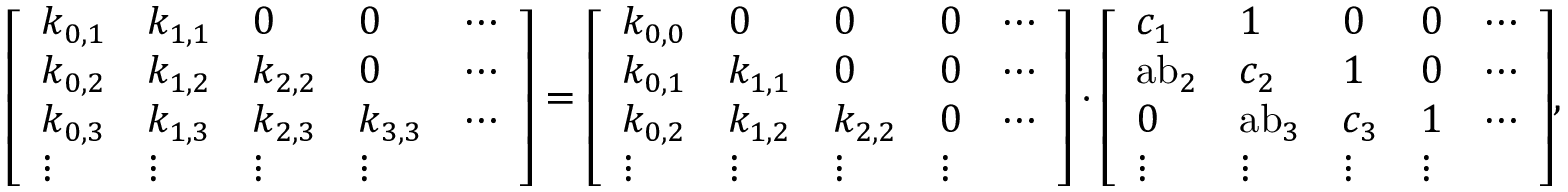
{ \left[ \begin{array} { l l l l l } { k _ { 0 , 1 } } & { k _ { 1 , 1 } } & { 0 } & { 0 } & { \cdots } \\ { k _ { 0 , 2 } } & { k _ { 1 , 2 } } & { k _ { 2 , 2 } } & { 0 } & { \cdots } \\ { k _ { 0 , 3 } } & { k _ { 1 , 3 } } & { k _ { 2 , 3 } } & { k _ { 3 , 3 } } & { \cdots } \\ { \vdots } & { \vdots } & { \vdots } & { \vdots } \end{array} \right] } = { \left[ \begin{array} { l l l l l } { k _ { 0 , 0 } } & { 0 } & { 0 } & { 0 } & { \cdots } \\ { k _ { 0 , 1 } } & { k _ { 1 , 1 } } & { 0 } & { 0 } & { \cdots } \\ { k _ { 0 , 2 } } & { k _ { 1 , 2 } } & { k _ { 2 , 2 } } & { 0 } & { \cdots } \\ { \vdots } & { \vdots } & { \vdots } & { \vdots } \end{array} \right] } \cdot { \left[ \begin{array} { l l l l l } { c _ { 1 } } & { 1 } & { 0 } & { 0 } & { \cdots } \\ { { \mathrm { a b } } _ { 2 } } & { c _ { 2 } } & { 1 } & { 0 } & { \cdots } \\ { 0 } & { { \mathrm { a b } } _ { 3 } } & { c _ { 3 } } & { 1 } & { \cdots } \\ { \vdots } & { \vdots } & { \vdots } & { \vdots } \end{array} \right] } ,